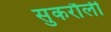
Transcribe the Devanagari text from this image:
सुकरौली